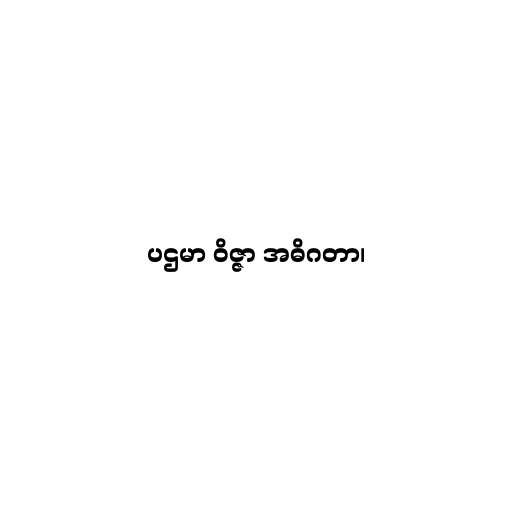
ပဌမာ ဝိဇ္ဇာ အဓိဂတာ၊